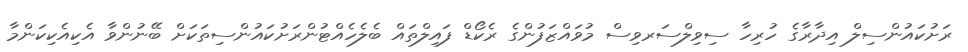
ރަށުކައުންސިލް އިދާރާގެ ހުރިހާ ސިވިލްސަރވިސް މުވައްޒަފުންގެ ރެކޯޑް ފައިލްތައް ބެލެހެއްޓުންރަށުކައުންސިތަކަށް ބޭނުންވާ އެކިއެކިކަންމާ